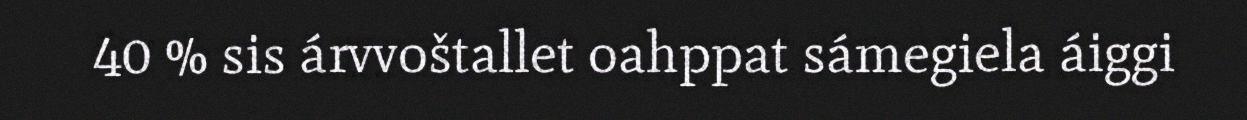
40 % sis árvvoštallet oahppat sámegiela áiggi